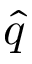
\hat { q }